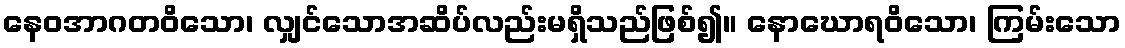
နေဝအာဂတဝိသော၊ လျှင်သောအဆိပ်လည်းမရှိသည်ဖြစ်၍။ နောဃောရဝိသော၊ ကြမ်းသော